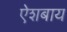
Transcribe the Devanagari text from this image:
ऐशबाय